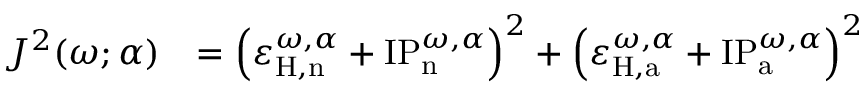
\begin{array} { r l } { J ^ { 2 } ( \omega ; \alpha ) } & { = \left( \varepsilon _ { \mathrm { H , n } } ^ { \omega , \alpha } + \mathrm { I P } _ { \mathrm { n } } ^ { \omega , \alpha } \right) ^ { 2 } + \left( \varepsilon _ { \mathrm { H , a } } ^ { \omega , \alpha } + \mathrm { I P } _ { \mathrm { a } } ^ { \omega , \alpha } \right) ^ { 2 } } \end{array}